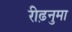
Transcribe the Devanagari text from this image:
रीढ़नुमा